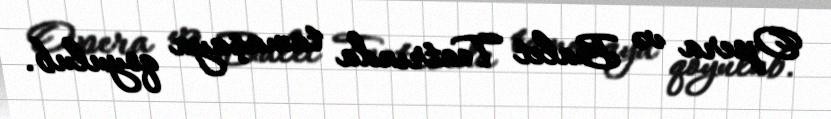
Opera və Balet Teatrında tamaşaya qoyulub.